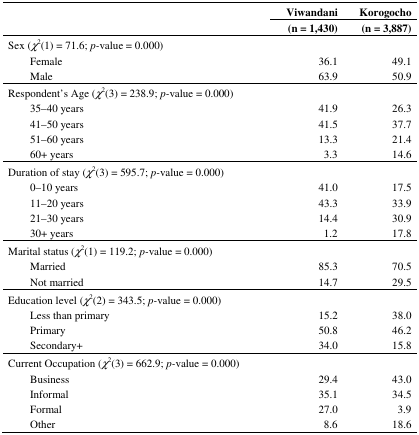
<table><thead><tr><td></td><td><b>Viwandani</b></td><td><b>Korogocho</b></td></tr><tr><td></td><td><b>(n = 1,430)</b></td><td><b>(n = 3,887)</b></td></tr></thead><tbody><tr><td>Sex (<i>χ</i><sup>2</sup>(1) = 71.6; <i>p-</i>value = 0.000)</td><td></td><td></td></tr><tr><td>Female</td><td>36.1</td><td>49.1</td></tr><tr><td>Male</td><td>63.9</td><td>50.9</td></tr><tr><td>Respondent’s Age (<i>χ</i><sup>2</sup>(3) = 238.9; <i>p-</i>value = 0.000)</td><td></td><td></td></tr><tr><td>35–40 years</td><td>41.9</td><td>26.3</td></tr><tr><td>41–50 years</td><td>41.5</td><td>37.7</td></tr><tr><td>51–60 years</td><td>13.3</td><td>21.4</td></tr><tr><td>60+ years</td><td>3.3</td><td>14.6</td></tr><tr><td>Duration of stay (<i>χ</i><sup>2</sup>(3) = 595.7; <i>p-</i>value = 0.000)</td><td></td><td></td></tr><tr><td>0–10 years</td><td>41.0</td><td>17.5</td></tr><tr><td>11–20 years</td><td>43.3</td><td>33.9</td></tr><tr><td>21–30 years</td><td>14.4</td><td>30.9</td></tr><tr><td>30+ years</td><td>1.2</td><td>17.8</td></tr><tr><td>Marital status (<i>χ</i><sup>2</sup>(1) = 119.2; <i>p-</i>value = 0.000)</td><td></td><td></td></tr><tr><td>Married</td><td>85.3</td><td>70.5</td></tr><tr><td>Not married</td><td>14.7</td><td>29.5</td></tr><tr><td>Education level (<i>χ</i><sup>2</sup>(2) = 343.5; <i>p-</i>value = 0.000)</td><td></td><td></td></tr><tr><td>Less than primary</td><td>15.2</td><td>38.0</td></tr><tr><td>Primary</td><td>50.8</td><td>46.2</td></tr><tr><td>Secondary+</td><td>34.0</td><td>15.8</td></tr><tr><td>Current Occupation (<i>χ</i><sup>2</sup>(3) = 662.9; <i>p-</i>value = 0.000)</td><td></td><td></td></tr><tr><td>Business</td><td>29.4</td><td>43.0</td></tr><tr><td>Informal</td><td>35.1</td><td>34.5</td></tr><tr><td>Formal</td><td>27.0</td><td>3.9</td></tr><tr><td>Other</td><td>8.6</td><td>18.6</td></tr></tbody></table>